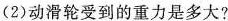
(2)动滑轮受到的重力是多大?